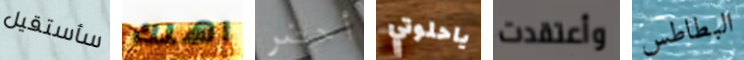
سأستقيل اهلك أحضر ياحلوتي وأعتقدت البطاطس